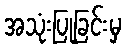
အသုံးပြုခြင်းမှ